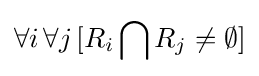
\forall i\,\forall j\,[R_{i}\bigcap R_{j}\neq \emptyset ]